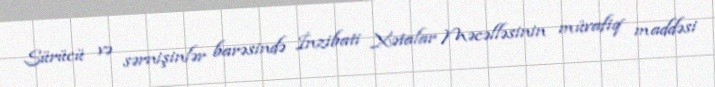
Sürücü və sərnişinlər barəsində İnzibati Xətalar Məcəlləsinin müvafiq maddəsi